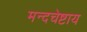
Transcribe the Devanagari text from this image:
मन्दचेष्टाय